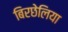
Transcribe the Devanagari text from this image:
बिरछेलिया